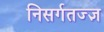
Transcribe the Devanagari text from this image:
निसर्गतज्ज्ञ